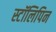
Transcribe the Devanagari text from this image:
स्टॉलिपिन